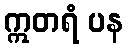
ဣတရံ ပန